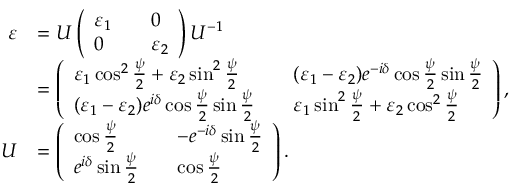
\begin{array} { r l } { \varepsilon } & { = U \left( \begin{array} { l l l } { \varepsilon _ { 1 } } & & { 0 } \\ { 0 } & & { \varepsilon _ { 2 } } \end{array} \right) U ^ { - 1 } } \\ & { = \left( \begin{array} { l l l } { \varepsilon _ { 1 } \cos ^ { 2 } \frac { \psi } { 2 } + \varepsilon _ { 2 } \sin ^ { 2 } \frac { \psi } { 2 } } & & { ( \varepsilon _ { 1 } - \varepsilon _ { 2 } ) e ^ { - i \delta } \cos \frac { \psi } { 2 } \sin \frac { \psi } { 2 } } \\ { ( \varepsilon _ { 1 } - \varepsilon _ { 2 } ) e ^ { i \delta } \cos \frac { \psi } { 2 } \sin \frac { \psi } { 2 } } & & { \varepsilon _ { 1 } \sin ^ { 2 } \frac { \psi } { 2 } + \varepsilon _ { 2 } \cos ^ { 2 } \frac { \psi } { 2 } } \end{array} \right) , } \\ { U } & { = \left( \begin{array} { l l l } { \cos \frac { \psi } { 2 } } & & { - e ^ { - i \delta } \sin \frac { \psi } { 2 } } \\ { e ^ { i \delta } \sin \frac { \psi } { 2 } } & & { \cos \frac { \psi } { 2 } } \end{array} \right) . } \end{array}